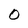
Character: O